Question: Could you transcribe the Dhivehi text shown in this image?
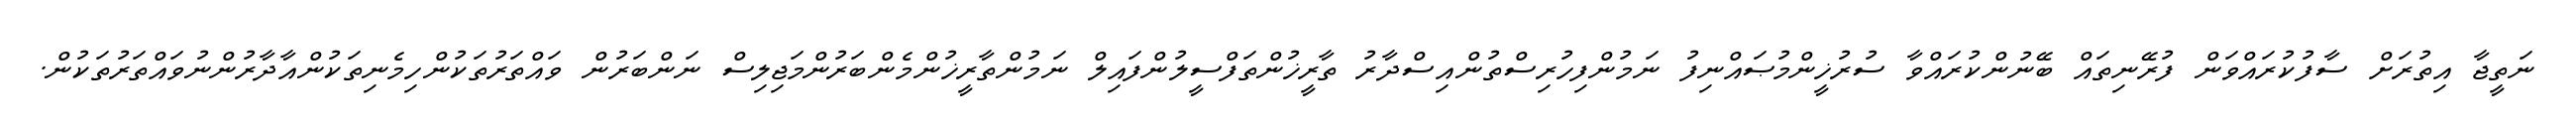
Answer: ނަތީޖާ އިތުރަށް ސާފުކުރައްވަން ފުރޭނިތައް ބޭނުންކުރައްވާ ސުރުޚީންމުޞައްނިފު ނަމުންފިހުރިސްތުންއިސްދާރު ތާރީޚުންތަފްސީލުންފައިލް ނަމުންތާރީޚުންމެންބަރުންމަޖިލިސް ނަންބަރުން ވައްތަރުތަކުންހިމެނިތަކުންއާދާރުންނުވައްތަރުތަކުން.